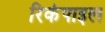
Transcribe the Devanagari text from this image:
रिकंपाइल